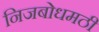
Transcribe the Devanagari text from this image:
निजबोधमठी